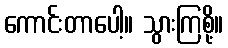
ကောင်းတာပေါ့။ သွားကြစို့။